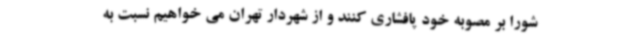
شورا بر مصوبه خود پافشاری کنند و از شهردار تهران می خواهیم نسبت به